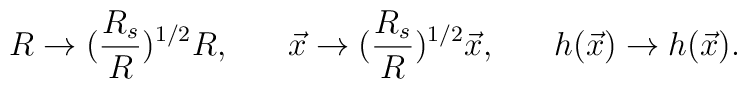
R \rightarrow ({R_s \over R})^{1/2}R , \;\;\;\;\; \, \, \vec{x} \rightarrow ({R_s \over R})^{1/2}\vec{x}, \;\;\;\;\; \, \, h(\vec{x}) \rightarrow h(\vec{x}).